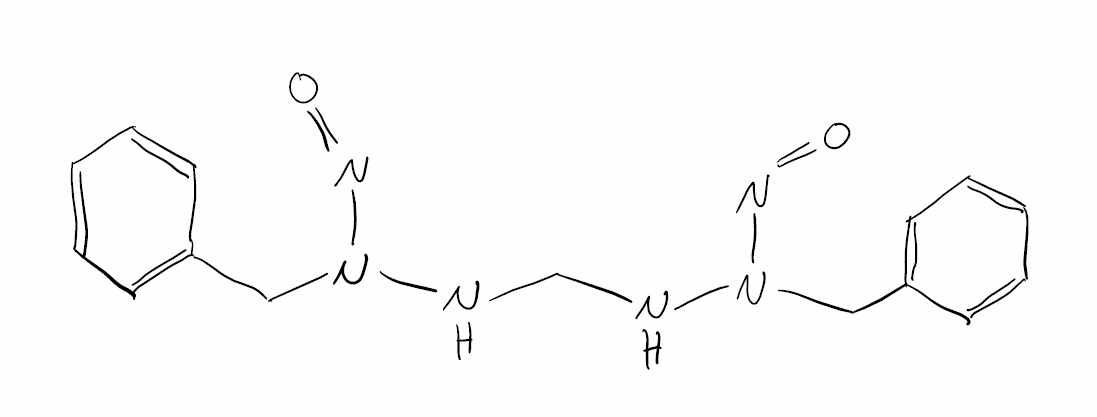
Simplified molecular-input line-entry system (SMILES) notation of the given molecule:
C1=CC=C(C=C1)CN(NCNN(CC2=CC=CC=C2)N=O)N=O